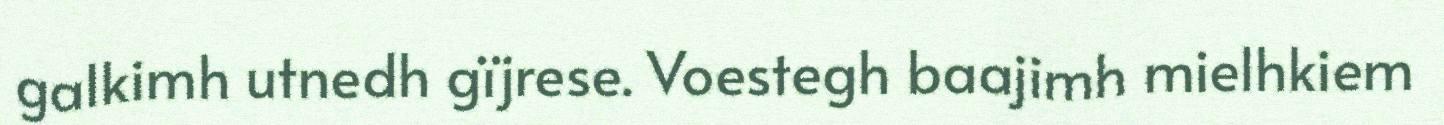
galkimh utnedh gïjrese. Voestegh baajimh mielhkiem